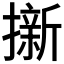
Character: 𭢭